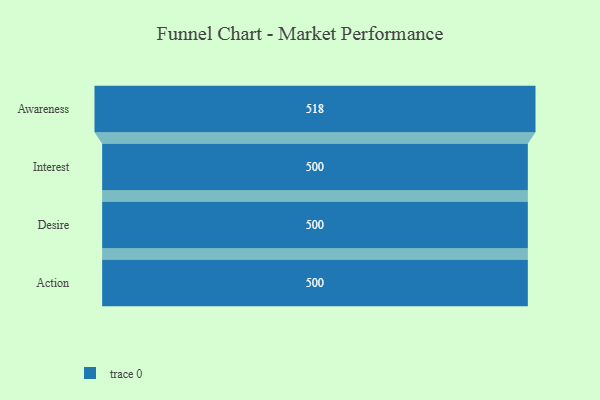
{"axis": {"x": "Stage", "y": "Value"}, "legend": [""], "data": [{"x": "Awareness", "y": 518.0, "type": ""}, {"x": "Interest", "y": 500, "type": ""}, {"x": "Desire", "y": 500, "type": ""}, {"x": "Action", "y": 500, "type": ""}]}